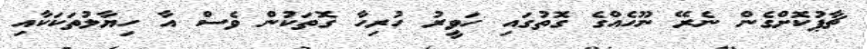
ޗާޕުކޮށްގެން ނެރޭ ނޫހެއްގެ ގޮތުގައި ހަވީރު ހުރިހާ ގޮތަކުން ވެސް އާ ހިޔާލުތަކަކާއި